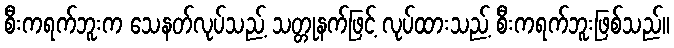
စီးကရက်ဘူးက သေနတ်လုပ်သည့် သတ္တုနက်ဖြင့် လုပ်ထားသည့် စီးကရက်ဘူးဖြစ်သည်။